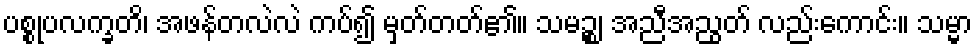
ပစ္စုပလက္ခတိ၊ အဖန်တလဲလဲ ကပ်၍ မှတ်တတ်၏။ သမဉ္စ၊ အညီအညွတ် လည်းကောင်း။ သမ္မာ